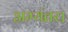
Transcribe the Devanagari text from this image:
अभ्यंतर।